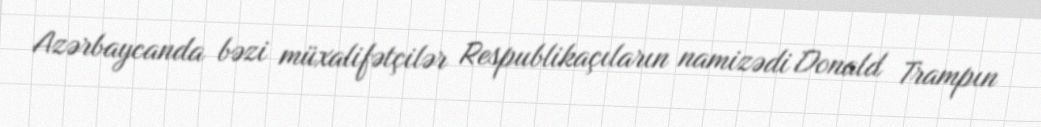
Azərbaycanda bəzi müxalifətçilər Respublikaçıların namizədi Donald Trampın